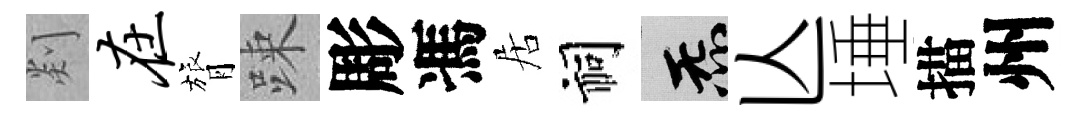
剡在膂踈彫馮居祠炁亾埵描州